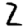
Digit: 2